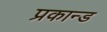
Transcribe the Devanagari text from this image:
प्रकान्ड